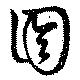
囹